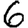
Digit: 6